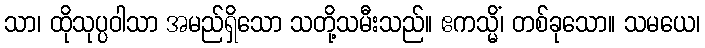
သာ၊ ထိုသုပ္ပဝါသာ အမည်ရှိသော သတို့သမီးသည်။ ဧကသ္မိံ၊ တစ်ခုသော။ သမယေ၊